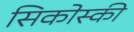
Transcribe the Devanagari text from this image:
सिकोस्की